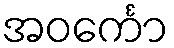
အဝင်္ကော